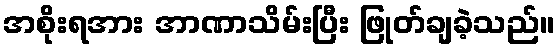
အစိုးရအား အာဏာသိမ်းပြီး ဖြုတ်ချခဲ့သည်။